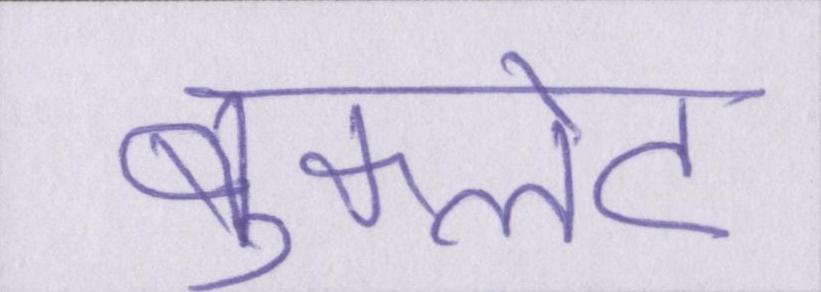
बुकलेट